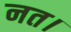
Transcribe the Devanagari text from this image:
नत।